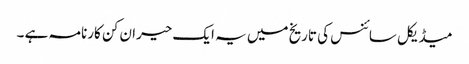
میڈیکل سائنس کی تاریخ میں یہ ایک حیران کن کارنامہ ہے ۔